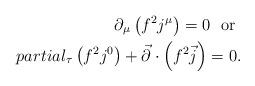
LaTeX: \begin{align*}\partial_\mu\left(f^2j^\mu\right)=0\ \ {\rm or}\ \\partial_\tau\left(f^2j^0\right)+\vec{\partial}\cdot\left(f^2\vec{j}\right)=0.\end{align*}